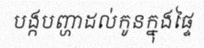
បង្កបញ្ហាដល់កូនក្នុងផ្ទៃ